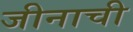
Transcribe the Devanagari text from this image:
जीनाची